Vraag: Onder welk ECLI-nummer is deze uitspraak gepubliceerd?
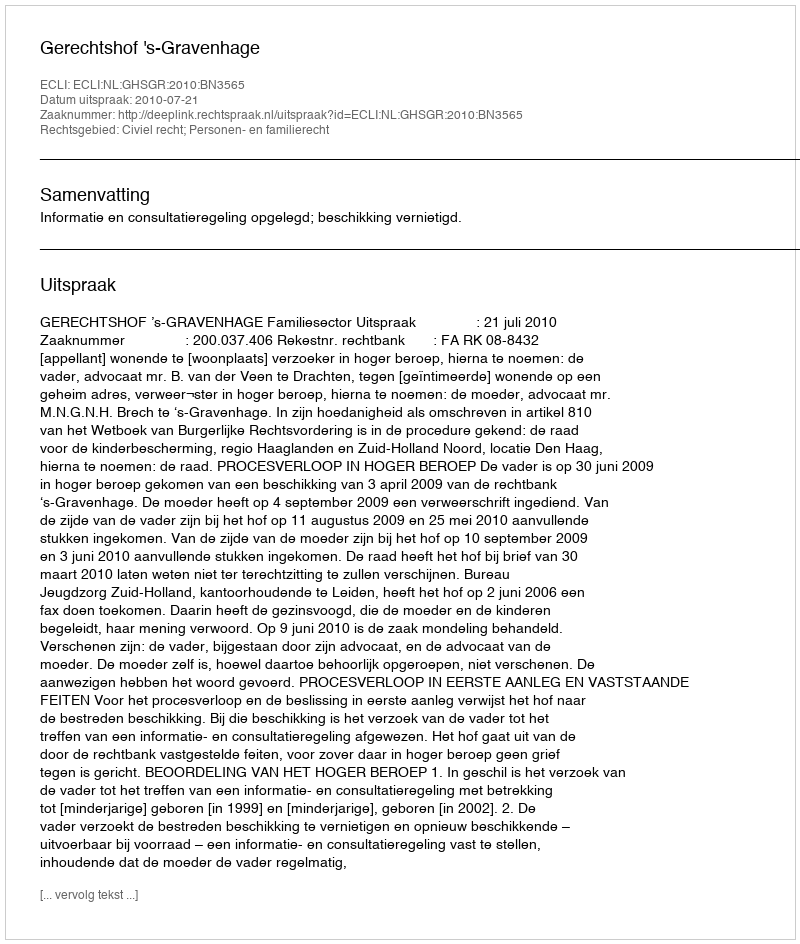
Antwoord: ECLI:NL:GHSGR:2010:BN3565